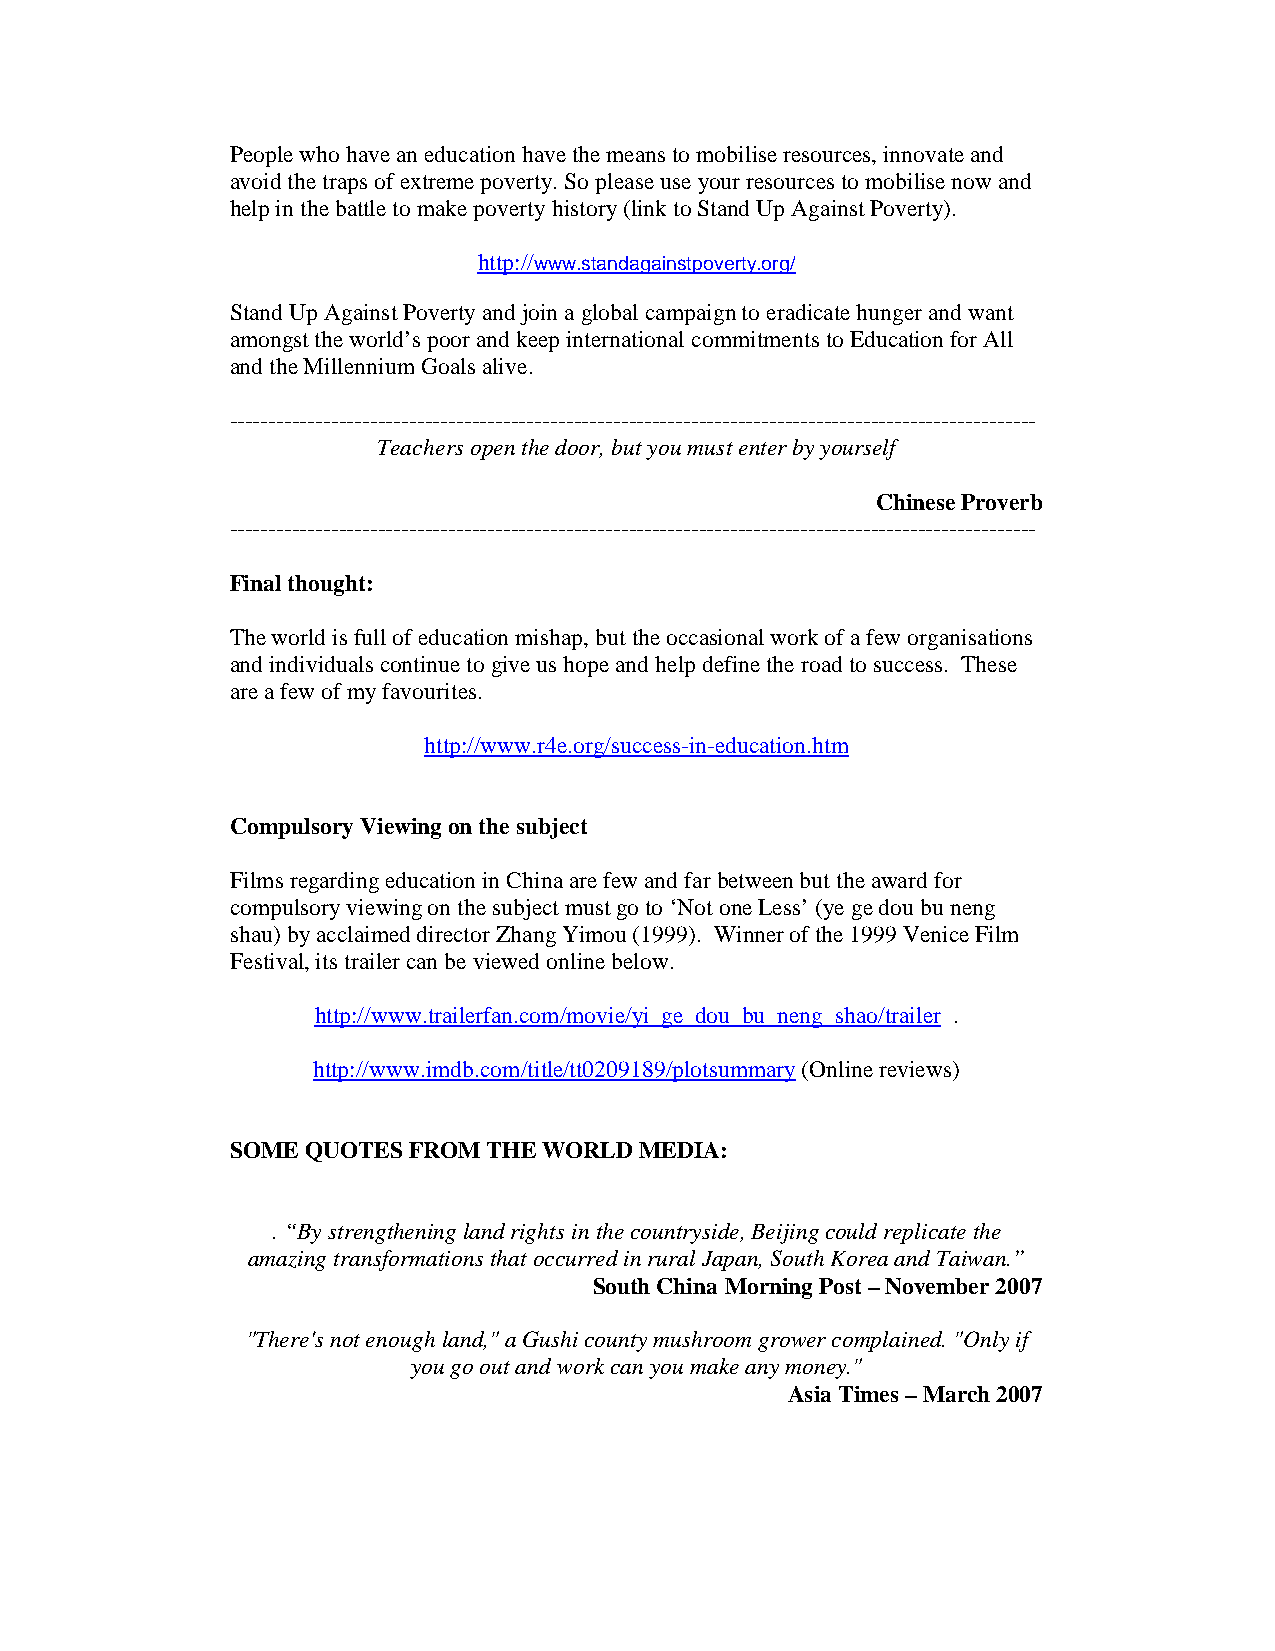
People who have an education have the means to mobilise resources, innovate and
 avoid the traps of extreme poverty. So please use your resources to mobilise now and
 help in the battle to make poverty history (link to Stand Up Against Poverty).
 http://www.standagainstpoverty.org/
 Stand Up Against Poverty and join a global campaign to eradicate hunger and want
 amongst the world’s poor and keep international commitments to Education for All
 and the Millennium Goals alive.
 -------------------------------------------------------------------------------------------------------
 Teachers open the door, but you must enter by yourself
 Chinese Proverb
 -------------------------------------------------------------------------------------------------------
 Final thought:
 The world is full of education mishap, but the occasional work of a few organisations
 and individuals continue to give us hope and help define the road to success. These
 are a few of my favourites.
 http://www.r4e.org/success-in-education.htm
 Compulsory Viewing on the subject
 Films regarding education in China are few and far between but the award for
 compulsory viewing on the subject must go to ‘Not one Less’ (ye ge dou bu neng
 shau) by acclaimed director Zhang Yimou (1999). Winner of the 1999 Venice Film
 Festival, its trailer can be viewed online below.
 http://www.trailerfan.com/movie/yi_ge_dou_bu_neng_shao/trailer .
 http://www.imdb.com/title/tt0209189/plotsummary (Online reviews)
 SOME QUOTES FROM THE WORLD MEDIA:
 . “By strengthening land rights in the countryside, Beijing could replicate the
 amazing transformations that occurred in rural Japan, South Korea and Taiwan.”
 South China Morning Post – November 2007
 "There's not enough land," a Gushi county mushroom grower complained. "Only if
 you go out and work can you make any money."
 Asia Times – March 2007